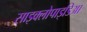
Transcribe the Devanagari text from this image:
साइक्लोपाइडिआ